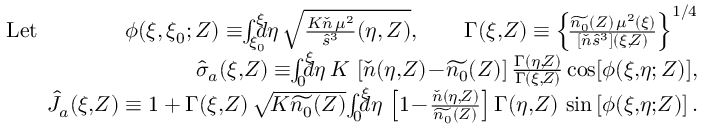
\begin{array} { r } { \mathrm { L e t } \qquad \qquad \phi ( \xi , \xi _ { 0 } ; Z ) \equiv \! \! \int _ { \xi _ { 0 } } ^ { \xi } \! \! \! \! d \eta \, \sqrt { \frac { K \check { n } \, \mu ^ { 2 } } { \hat { s } ^ { 3 } } ( \eta , Z ) } , \qquad \Gamma ( \xi , \! Z ) \equiv \left\{ \! \frac { \widetilde { n _ { 0 } } ( Z ) \, \mu ^ { 2 } ( \xi ) } { [ \check { n } \hat { s } ^ { 3 } ] ( \xi , \! Z ) } \right\} ^ { 1 / 4 } } \\ { \hat { \sigma } _ { a } ( \xi , \! Z ) \equiv \! \! \int _ { 0 } ^ { \xi } \! \! \! \! d \eta \, K \, \left[ \check { n } ( \eta , \! Z ) \! - \! \widetilde { n _ { 0 } } ( Z ) \right] \frac { \Gamma ( \eta , \! Z ) } { \Gamma ( \xi , \! Z ) } \cos [ \phi ( \xi , \! \eta ; Z ) ] , } \\ { \hat { J } _ { a } ( \xi , \! Z ) \equiv 1 + \Gamma ( \xi , \! Z ) \, \sqrt { \! K \widetilde { n _ { 0 } } ( Z ) } \! \int _ { 0 } ^ { \xi } \! \! \! \! d \eta \, \left[ 1 \! - \! \frac { \check { n } ( \eta , \! Z ) } { \widetilde { n _ { 0 } } ( Z ) } \right] \Gamma ( \eta , \! Z ) \, \sin \left[ \phi ( \xi , \! \eta ; \! Z ) \right] . } \end{array}